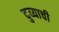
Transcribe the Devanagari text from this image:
दुव्याची